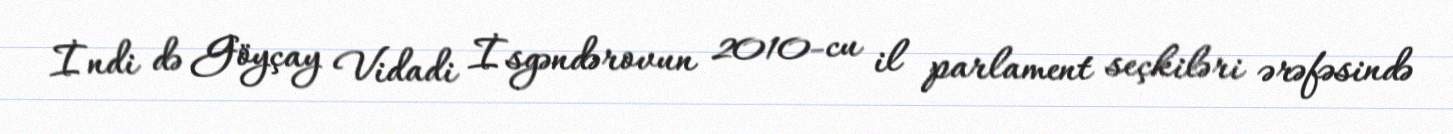
İndi də Göyçay Vidadi İsgəndərovun 2010-cu il parlament seçkiləri ərəfəsində